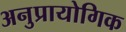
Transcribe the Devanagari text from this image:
अनुप्रायोगिक